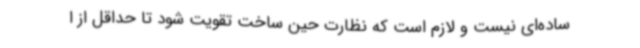
ساده‌ای نیست و لازم است که نظارت حین ساخت تقویت شود تا حداقل از ا